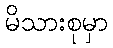
မိသားစုမှာ